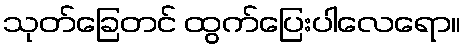
သုတ်ခြေတင် ထွက်ပြေးပါလေရော။